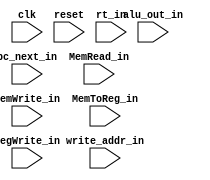
/* verilator lint_off UNUSED */

module EX_MEM_Reg(
         clk, reset,
         alu_out_in, rt_in, write_addr_in, pc_next_in,
         MemRead_in, MemWrite_in,
         MemToReg_in, RegWrite_in
       );
input clk;
input reset;

// EX data
input [31:0] alu_out_in;
input [31:0] rt_in;
input [4:0] write_addr_in;
input [31:0] pc_next_in;

// Mem control
input MemRead_in;
input MemWrite_in;

// WB control
input [1:0] MemToReg_in;
input RegWrite_in;


reg [31:0] alu_out;
reg [31:0] rt;
reg [4:0] write_addr;
reg [31:0] pc_next;
reg MemRead;
reg MemWrite;
reg [1:0] MemToReg;
reg RegWrite;

always @ (posedge clk)
  begin
    if (~reset)
      begin
        alu_out <= alu_out_in;
        rt <= rt_in;
        write_addr <= write_addr_in;
        pc_next <= pc_next_in;
        MemRead <= MemRead_in;
        MemWrite <= MemWrite_in;
        MemToReg <= MemToReg_in;
        RegWrite <= RegWrite_in;
      end
    else
      begin
        alu_out <= 32'h00000000;
        rt <= 32'h00000000;
        write_addr <= 5'b00000;
        pc_next <= 32'h00000000;
        MemRead <= 0;
        MemWrite <= 0;
        MemToReg <= 2'b00;
        RegWrite <= 0;
      end
  end
endmodule